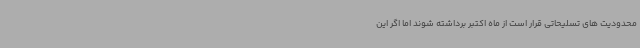
محدودیت های تسلیحاتی قرار است از ماه اکتبر برداشته شوند اما اگر این